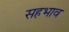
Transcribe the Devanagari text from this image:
सहभाव